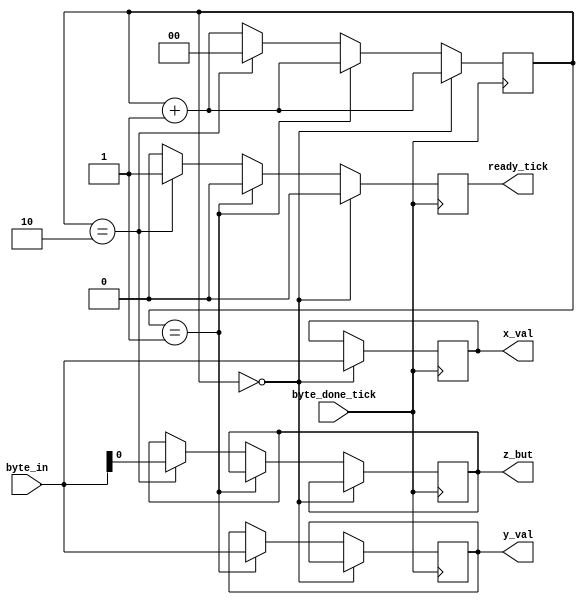
module nun_chuck(input [7:0] byte_in, input byte_done_tick, output reg [7:0] x_val, output reg [7:0] y_val, output reg z_but, output reg ready_tick);

	reg [1:0] counter = 2'd0;
	
	always @(posedge byte_done_tick) begin	
			ready_tick <= 1'd0;
			counter <= counter + 1'd1;
			if(counter == 2'd0)
				x_val <= byte_in;
				else if (counter == 2'd1)
				y_val <= byte_in;
				else if (counter == 2'd2) begin
				z_but <= byte_in[0];
				ready_tick <= 1'b1;
				counter <= 2'd0;
				end
		
	end

endmodule